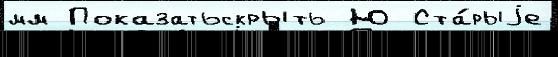
мм Показатьскрыть Ю Ста́рыjе